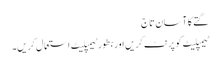
گتے کا آسان تاج
ٹیمپلیٹ کو پرنٹ کریں اور بطور ٹیمپلیٹ استعمال کریں۔